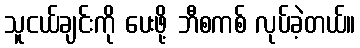
သူငယ်ချင်းကို ပေးဖို့ ဘီစကစ် လုပ်ခဲ့တယ်။